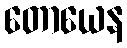
တောယေန